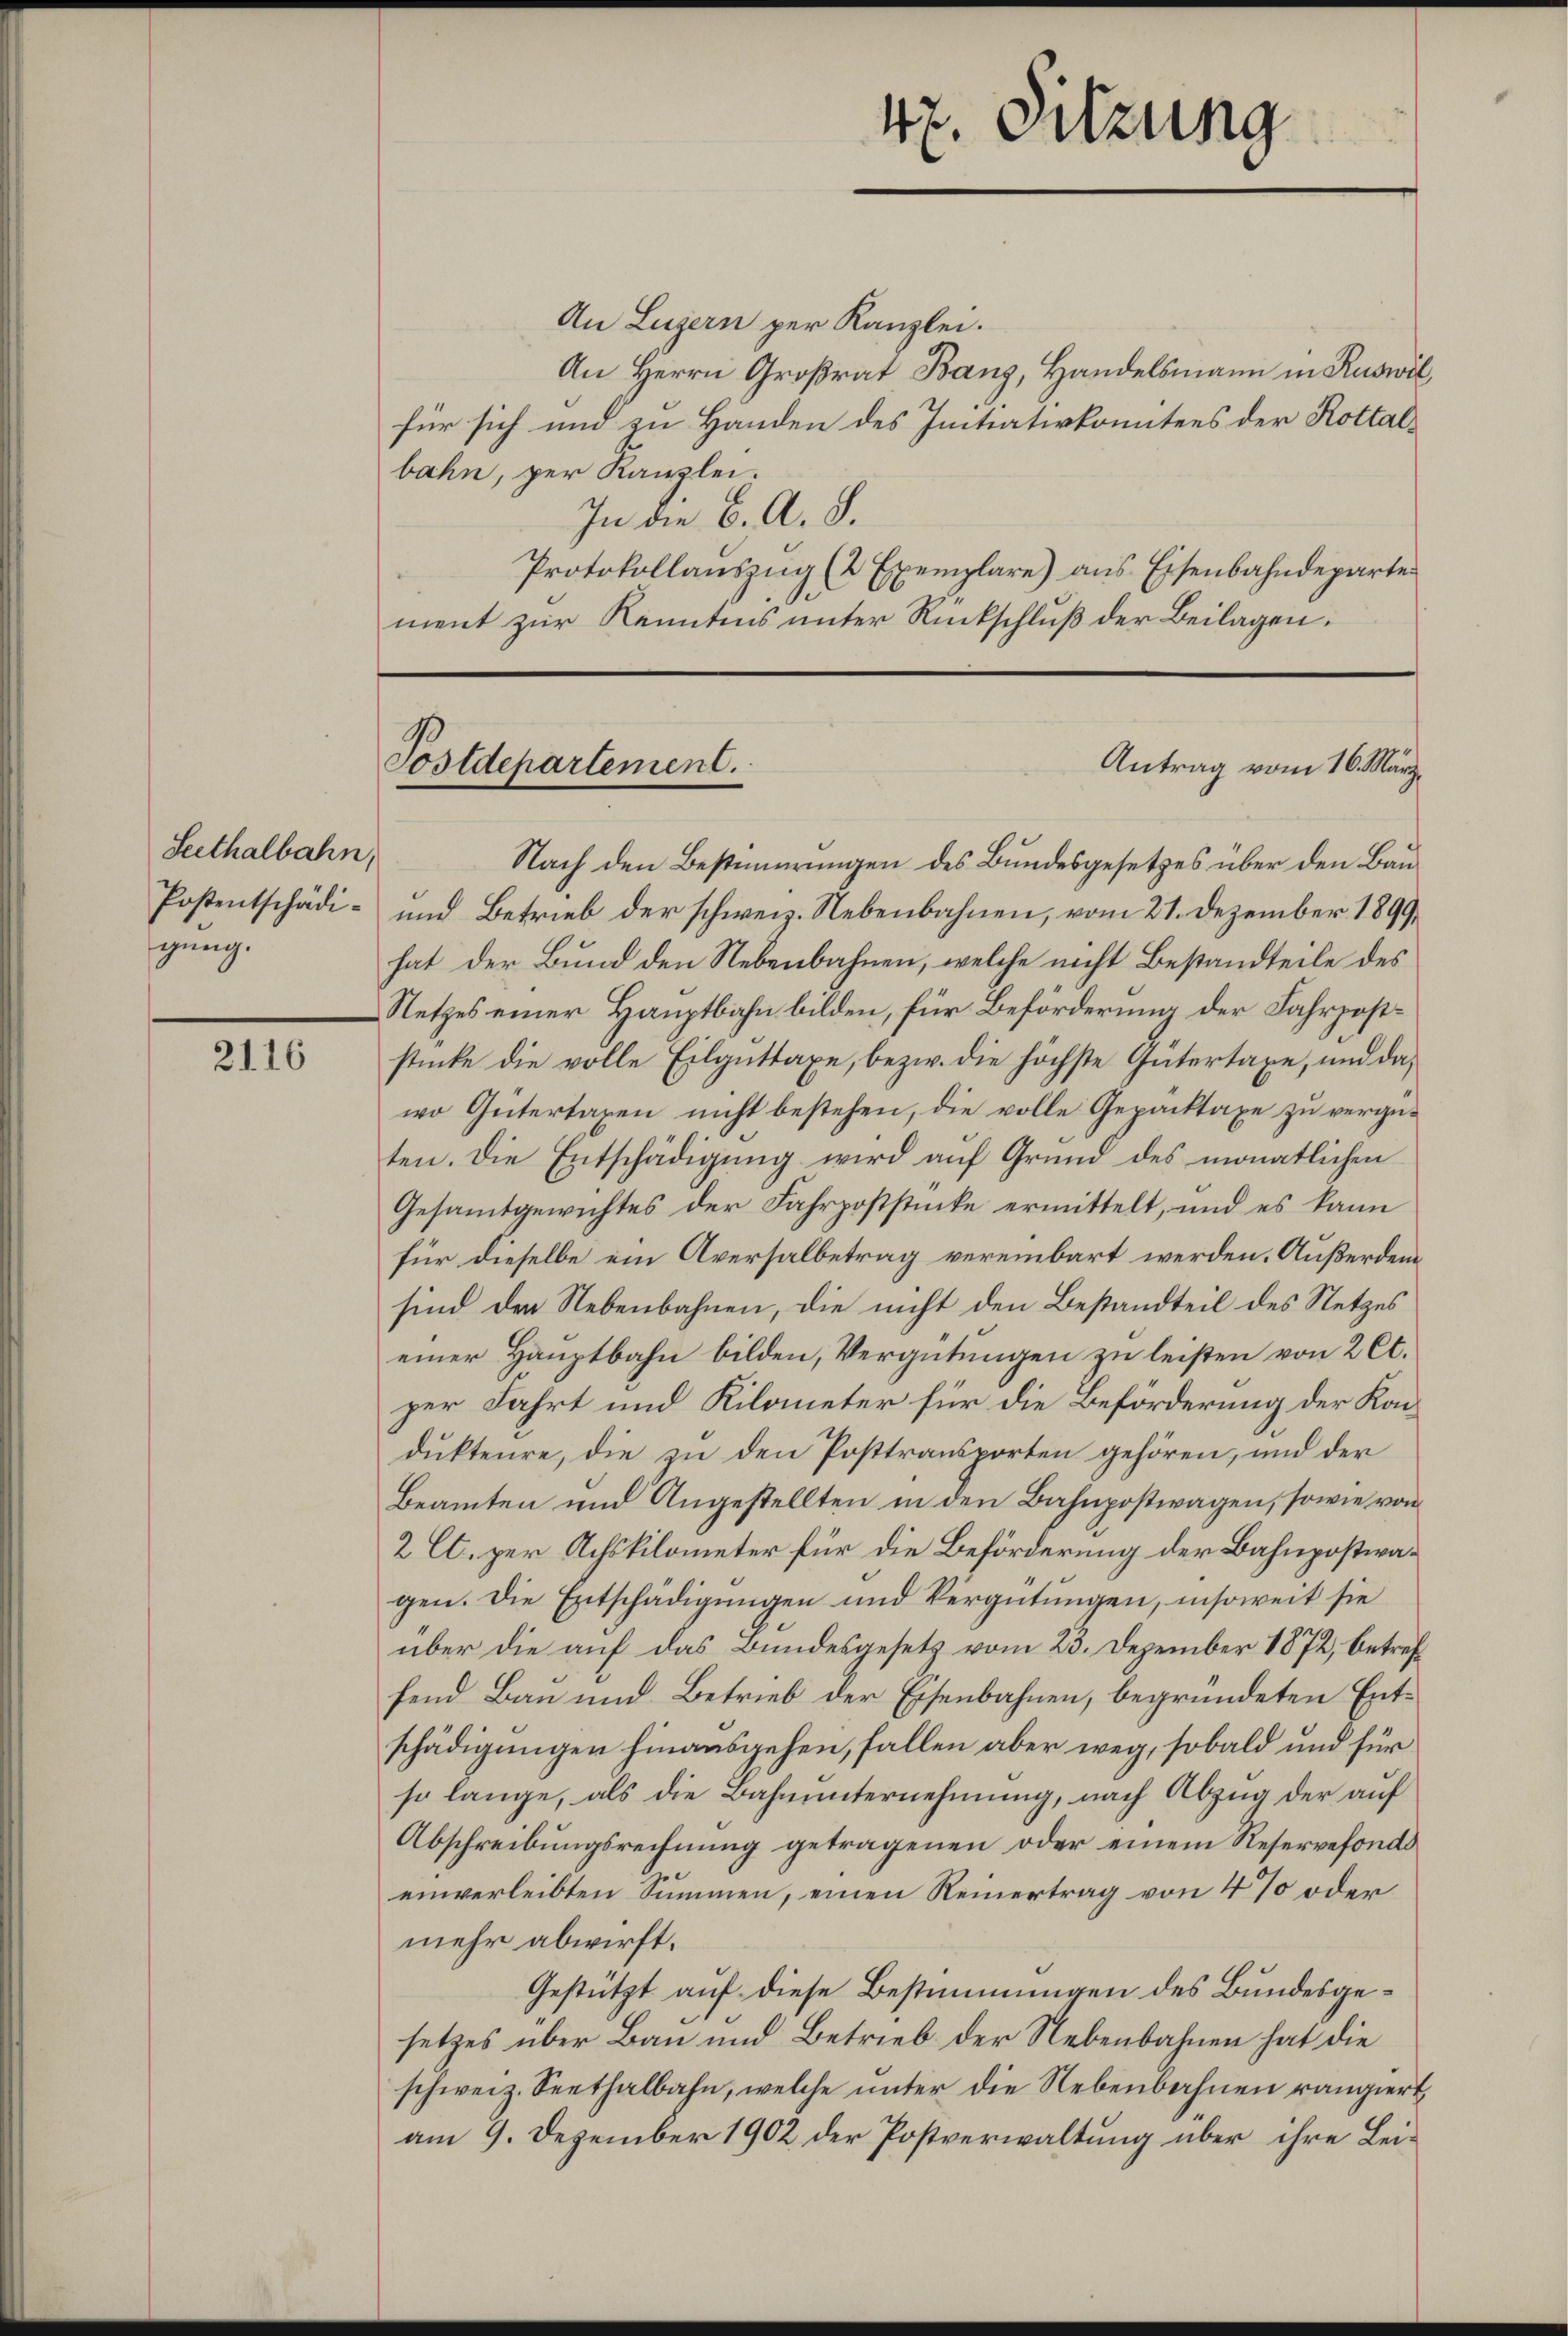
Seethalbahn,
gung.

2116

Nach den Bestimurungen des Bundesgesetzes über den Bau¬
Postentschädi- und Betrieb der schweiz. Nebenbahnen, vom 21. Dezember 1899,
hat der Bund den Nebenbahnen, welche nicht Bestandteile des
Netzes einer Hauptbahn bilden, für Beförderung der Fahrpoststücke die volle Eilguttaxe, bezw. die höchste Gütertaxe, und dawo Gütertaxen nicht bestehen, die volle Gepacktaxe zu vergüten. Die Entschädigung wird auf Grund des monatlichen
Gesammtgewichtes der Fahrpoststücke ermittelt, und es kann
für dieselbe ein Aversalbetrag vereinbart werden. Außerdem
sind der Nebenbahnen, die nicht den Bestandteil des Netzes
einer Hauptbahn bilden, Vergütungen zu leisten von 2 Ct.
per Fahrt und Kilometer für die Beförderung der Kondukteure, die zu den Posttransporten gehören, und der
Beamten und Angestellten in den Bahnpostwagen, sowie von
2 Ct. zur Achskilometer für die Beförderung der Bahnpostwagen. Die Entschädigungen und Vergütungen, insoweit sie
über die auf das Bundesgesetz vom 23. Dezember 1872, betreff
fend Bau und Betrieb der Eisenbahnen, begründeten Entschädigungen hinausgehen, fallen aber weg, sobald und für
so lange, als die Bahnunternehmung, nach Abzug der auf
Abschreibungsrechnung getragenen oder einem Reservefondo
einverleibten Summen, einen Reinertrag von 4 % oder
mehr abwirft.
Gestützt auf diese Bestimmungen des Bundesgesetzes über Bau und Betrieb der Nebenbahnen hat die
schweiz. Seethalbahn, welche unter die Nebenbahnen rangiert
am 9. Dezember 1902 der Postverwaltung über ihre Lei¬

An Luzern per Kanzlei.
An Herrn Großrat Banz, Handelsmann in Ruswil,
für sich und zu Handen des Initiativkomitees der Kottalbahn, per Kanzlei.
In die B. A. S.
Protokollauszug (2 Exemplare) aus Eisenbahndeparte
ment zur Kenntnis unter Rückschluß der Beilagen,

Postdepartement.

47. Sitzung

Antrag vom 16. März.